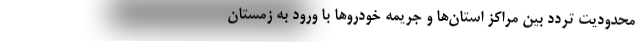
محدودیت تردد بین مراکز استان‌ها و جریمه خودروها با ورود به زمستان